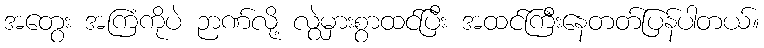
အတွေး အကြံကိုပဲ ဉာဏ်လို့ လွဲမှားစွာထင်ပြီး အထင်ကြီးနေတတ်ပြန်ပါတယ်။